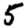
Digit: 5